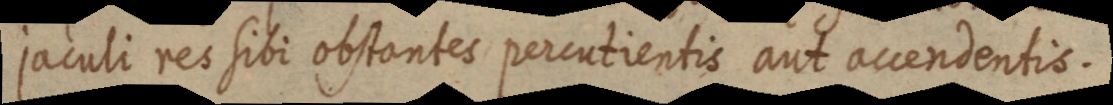
jaculi res sibi obstantes percutientis aut accendentis.